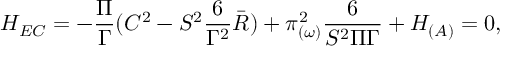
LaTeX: { \cal H } _ { E C } = - \frac { \Pi } { \Gamma } ( C ^ { 2 } - S ^ { 2 } \frac { 6 } { \Gamma ^ { 2 } } \bar { R } ) + \pi _ { ( \omega ) } ^ { 2 } \frac { 6 } { S ^ { 2 } \Pi \Gamma } + { \cal H } _ { ( A ) } = 0 ,